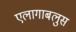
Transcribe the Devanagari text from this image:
एलागाबलुस